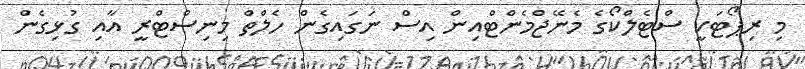
މި ރިޕޯޓަކީ ސްޓެލްކޯގެ މެނޭޖްމެންޓްއިން އިސް ނަގައިގެން ހެލްތް މިނިސްޓްރީ އާއި ގުޅިގެން